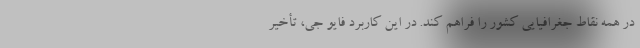
در همه نقاط جغرافیایی کشور را فراهم کند. در این کاربرد فایو جی، تأخیر